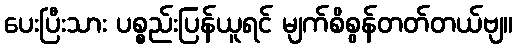
ပေးပြီးသား ပစ္စည်းပြန်ယူရင် မျက်စိစွန်တတ်တယ်ဗျ။